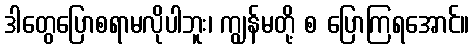
ဒါတွေပြောစရာမလိုပါဘူး၊ ကျွန်မတို့ စ ပြောကြရအောင်။